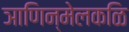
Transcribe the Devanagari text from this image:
ञाणिन्मेलकळि